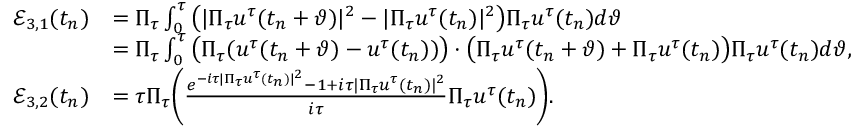
\begin{array} { r l } { \mathcal { E } _ { 3 , 1 } ( t _ { n } ) } & { = \Pi _ { \tau } \int _ { 0 } ^ { \tau } \big ( | \Pi _ { \tau } u ^ { \tau } ( t _ { n } + \vartheta ) | ^ { 2 } - | \Pi _ { \tau } u ^ { \tau } ( t _ { n } ) | ^ { 2 } \big ) \Pi _ { \tau } u ^ { \tau } ( t _ { n } ) d \vartheta } \\ & { = \Pi _ { \tau } \int _ { 0 } ^ { \tau } \big ( \Pi _ { \tau } ( u ^ { \tau } ( t _ { n } + \vartheta ) - u ^ { \tau } ( t _ { n } ) ) \big ) \cdot \big ( \Pi _ { \tau } u ^ { \tau } ( t _ { n } + \vartheta ) + \Pi _ { \tau } u ^ { \tau } ( t _ { n } ) \big ) \Pi _ { \tau } u ^ { \tau } ( t _ { n } ) d \vartheta , } \\ { \mathcal { E } _ { 3 , 2 } ( t _ { n } ) } & { = \tau \Pi _ { \tau } \Bigg ( \frac { e ^ { - i \tau | \Pi _ { \tau } u ^ { \tau } ( t _ { n } ) | ^ { 2 } } - 1 + i \tau | \Pi _ { \tau } u ^ { \tau } ( t _ { n } ) | ^ { 2 } } { i \tau } \Pi _ { \tau } u ^ { \tau } ( t _ { n } ) \Bigg ) . } \end{array}